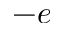
- e